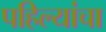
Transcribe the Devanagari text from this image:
पहिल्यांचा